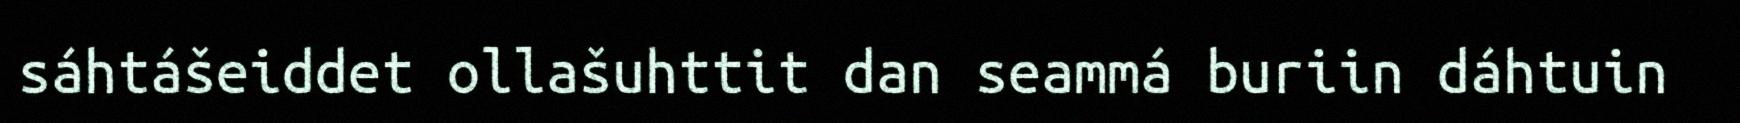
sáhtášeiddet ollašuhttit dan seammá buriin dáhtuin